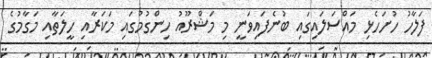
ފަލާހު ހުށަހެޅި މައްސަލައިގައި ބުނެފައިވަނީ މި މަޝްރޫއު ހިންގުމުގައި މަކަރާއި ހީލަތާއި މަގާމުގެ